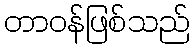
တာဝန်ဖြစ်သည်